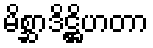
မိစ္ဆာဒိဋ္ဌိဟတာ